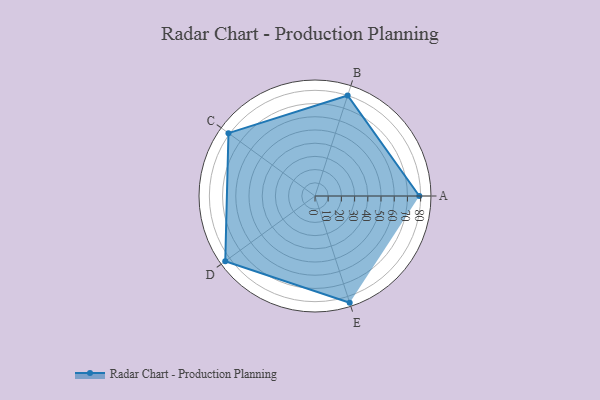
{"axis": {"x": "Skill", "y": "Score"}, "legend": ["Profile"], "data": [{"x": "A", "y": 79.0, "type": "Profile"}, {"x": "B", "y": 80.0, "type": "Profile"}, {"x": "C", "y": 81.0, "type": "Profile"}, {"x": "D", "y": 84.0, "type": "Profile"}, {"x": "E", "y": 85.0, "type": "Profile"}]}